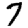
Digit: 7